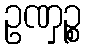
ဥဏှဉ္စ